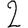
Digit: 2